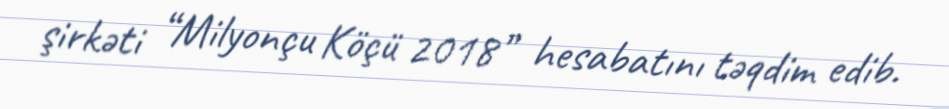
şirkəti “Milyonçu Köçü 2018” hesabatını təqdim edib.